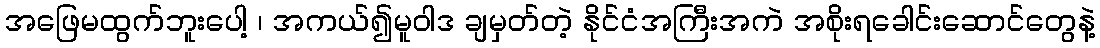
အဖြေမထွက်ဘူးပေါ့ ၊ အကယ်၍မူဝါဒ ချမှတ်တဲ့ နိုင်ငံအကြီးအကဲ အစိုးရခေါင်းဆောင်တွေနဲ့